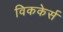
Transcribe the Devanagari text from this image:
विककेर्स